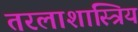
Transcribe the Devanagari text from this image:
तरलाशास्त्रिय